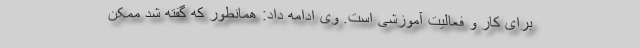
برای کار و فعالیت آموزشی است. وی ادامه داد: همانطور که گفته شد ممکن